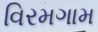
વિરમગામ